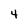
Character: 4